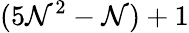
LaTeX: (5\mathcal{N}^{2}-\mathcal{N})+1